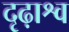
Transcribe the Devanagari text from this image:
दृढ़ाश्व